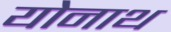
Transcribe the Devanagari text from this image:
योनाथ